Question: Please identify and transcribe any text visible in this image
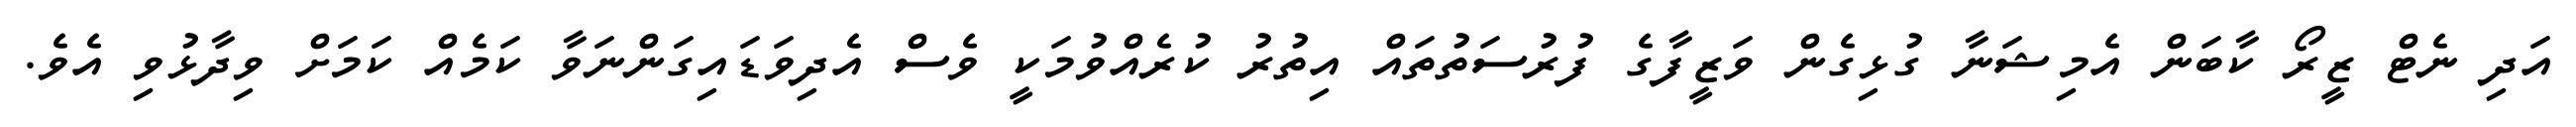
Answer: އަދި ނެޓް ޒީރޯ ކާބަން އެމިޝަނާ ގުޅިގެން ވަޒީފާގެ ފުރުސަތުތައް އިތުރު ކުރެއްވުމަކީ ވެސް އެދިވަޑައިގަންނަވާ ކަމެއް ކަމަށް ވިދާޅުވި އެވެ.